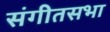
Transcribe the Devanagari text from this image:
संगीतसभा